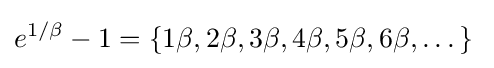
e^{1/\beta }-1=\{1\beta ,2\beta ,3\beta ,4\beta ,5\beta ,6\beta ,\dots \}\;